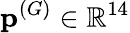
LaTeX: \mathbf{p}^{(G)}\in\mathbb{R}^{14}